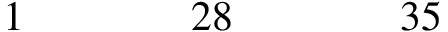
\begin{array} { c c c c c c c c c c c c c c c c c } { { 1 } } & { { } } & { { } } & { { } } & { { 2 8 } } & { { } } & { { } } & { { } } & { { 3 5 } } & { { } } & { { } } & { { } } & { { } } & { { } } & { { } } & { { } } & { { } } \end{array}